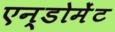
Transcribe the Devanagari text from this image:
एन्डोमेंट